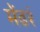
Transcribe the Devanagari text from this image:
मेंढरं